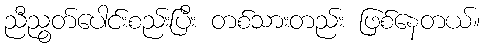
ညီညွတ်ပေါင်းစည်းပြီး တစ်သားတည်း ဖြစ်နေတယ်။